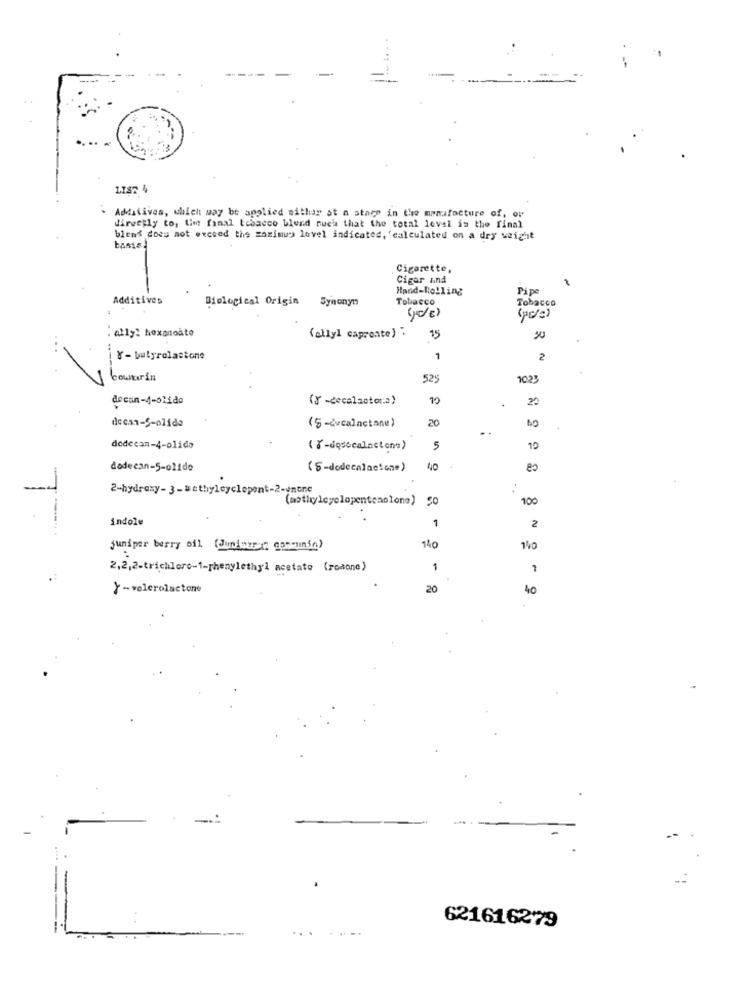
LIST 4
. Additives, which may be applied sithar at a stage in the manufacture of, or
directly to, the final tebacco blend such that the total level in the final
blend does not exceed the maximus lovel indicated, 'calculated on a dry weight
Cigarette,
Cigar and
-
Hand-Rolling
Pipe
Additives
Biological Origin Synonym
Tobacco
Tobacco
(pele)
: ally! hexanoate
(ellyl caproate).
X- butyrolastone
1
2
525
1023
decan-4-olido
(X -decalactor.a)
10
decan-5-olide
20
(5 -cvcalactone)
dodecan-4-olido
(Y-dosecalactone)
dodecan-5-021de
(6 -dodecalacione)
40
2-hydroxy- 3-methylcyclopent-2-unone
SO
100
indole
1
2
juniper berry oil (Junioesz cancunse)
140
2,2,2-trichloro-1-phenylethyl acetate (rodone)
1
Y -volerolactone
20
40
--
..
621616279